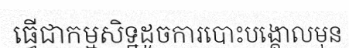
ធ្វើជាកម្មសិទ្ឋដូចការបោះបង្គោលមុន